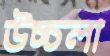
উচ্চলা